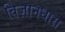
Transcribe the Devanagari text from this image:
विज्ञानधारा